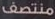
منتصف